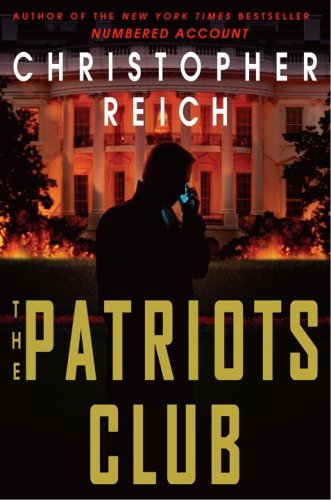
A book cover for The Patriots Club; Christopher Reich; Mystery, Thriller & Suspense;